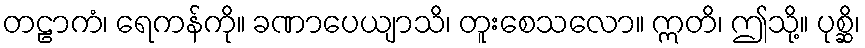
တဠာကံ၊ ရေကန်ကို။ ခဏာပေယျာသိ၊ တူးစေသလော။ ဣတိ၊ ဤသို့။ ပုစ္ဆိ၊